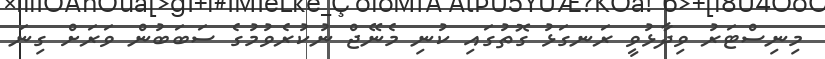
މިނިސްޓަރު ވިދާޅުވީ ރަނގަޅު ގޮތުގައި ކުނި މެނޭޖް ނުކުރެވުމުގެ ސަބަބުން ވަރަށް ގިނަ